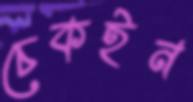
চেকইন